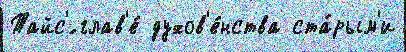
Тайс'́ глав'е́ духов'е́нства ста́рым'и